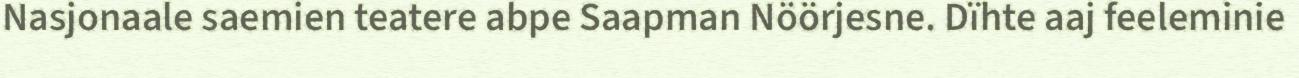
Nasjonaale saemien teatere abpe Saapman Nöörjesne. Dïhte aaj feeleminie